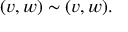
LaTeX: ( v , w ) \sim ( v , w ) .